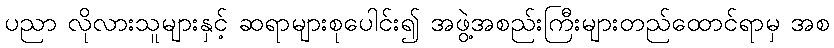
ပညာ လိုလားသူများနှင့် ဆရာများစုပေါင်း၍ အဖွဲ့အစည်းကြီးများတည်ထောင်ရာမှ အစ